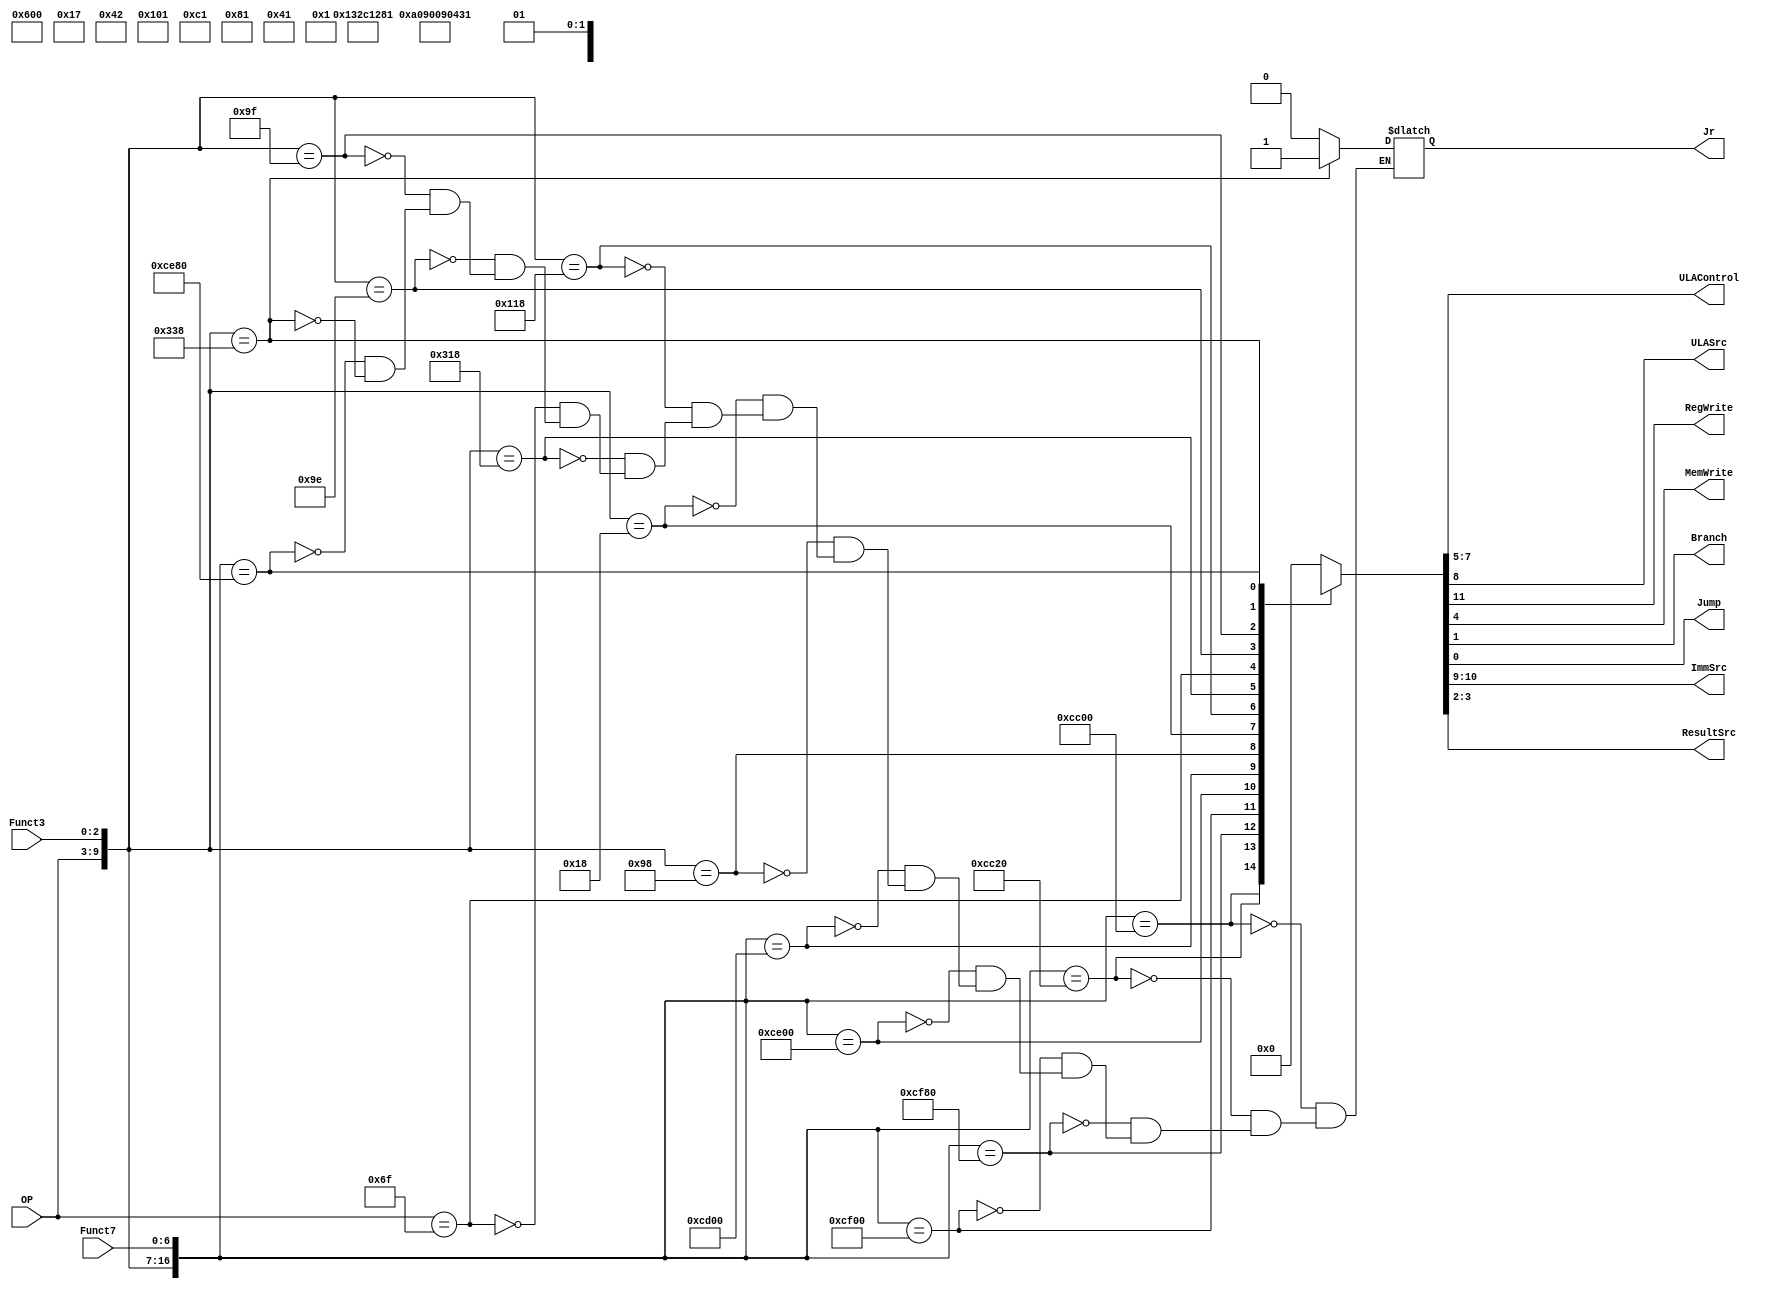
module ControlUnit (input [6:0] OP, Funct7,
input [2:0] Funct3,
output reg [2:0] ULAControl,
output reg ULASrc, RegWrite, MemWrite,Branch, Jump, Jr,
output reg [1:0] ImmSrc, ResultSrc);

always @(*) begin

casex({OP,Funct3,Funct7})
17'b0110011_000_0000000 :{RegWrite,ImmSrc,ULASrc,ULAControl,MemWrite,ResultSrc,Branch,Jump, Jr} = 13'b1xx0000000000;
17'b0110011_000_0100000 :{RegWrite,ImmSrc,ULASrc,ULAControl,MemWrite,ResultSrc,Branch,Jump, Jr} = 13'b1xx0001000000;
17'b0110011_111_0000000 :{RegWrite,ImmSrc,ULASrc,ULAControl,MemWrite,ResultSrc,Branch,Jump, Jr} = 13'b1xx0010000000;
17'b0110011_110_0000000 :{RegWrite,ImmSrc,ULASrc,ULAControl,MemWrite,ResultSrc,Branch,Jump, Jr} = 13'b1xx0011000000;
17'b0110011_100_0000000 :{RegWrite,ImmSrc,ULASrc,ULAControl,MemWrite,ResultSrc,Branch,Jump, Jr} = 13'b1xx0100000000;
17'b0110011_010_0000000 :{RegWrite,ImmSrc,ULASrc,ULAControl,MemWrite,ResultSrc,Branch,Jump, Jr} = 13'b1xx0101000000;
17'b0010011_000_xxxxxxx :{RegWrite,ImmSrc,ULASrc,ULAControl,MemWrite,ResultSrc,Branch,Jump, Jr} = 13'b1001000000000;
17'b0000011_000_xxxxxxx :{RegWrite,ImmSrc,ULASrc,ULAControl,MemWrite,ResultSrc,Branch,Jump, Jr} = 13'b1001000001000;
17'b0100011_000_xxxxxxx :{RegWrite,ImmSrc,ULASrc,ULAControl,MemWrite,ResultSrc,Branch,Jump, Jr} = 13'b00110001xx000;
17'b1100011_000_xxxxxxx :{RegWrite,ImmSrc,ULASrc,ULAControl,MemWrite,ResultSrc,Branch,Jump, Jr} = 13'b01000010xx100;
17'b1101111_xxx_xxxxxxx :{RegWrite,ImmSrc,ULASrc,ULAControl,MemWrite,ResultSrc,Branch,Jump, Jr} = 13'b111xxxx010010; //JAL
17'b0010011_110_xxxxxxx :{RegWrite,ImmSrc,ULASrc,ULAControl,MemWrite,ResultSrc,Branch,Jump, Jr} = 13'b1001011000000; // ORI
17'b0010011_111_xxxxxxx :{RegWrite,ImmSrc,ULASrc,ULAControl,MemWrite,ResultSrc,Branch,Jump, Jr} = 13'b1001010000000;// ANDI
17'b0110011_101_0000000 :{RegWrite,ImmSrc,ULASrc,ULAControl,MemWrite,ResultSrc,Branch,Jump, Jr} = 13'b1xx0110000000;//SRL
17'b1100111_000_xxxxxxx :{RegWrite,ImmSrc,ULASrc,ULAControl,MemWrite,ResultSrc,Branch,Jump, Jr} = 13'b000xxxx0xx011; //JALR
default : {RegWrite,ImmSrc,ULASrc,ULAControl,MemWrite,ResultSrc,Branch,Jump} = 13'b0000_0000_0000_0;
endcase


end

endmodule